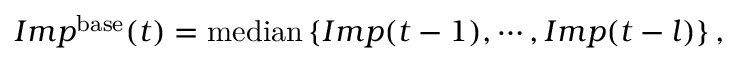
I m p ^ { \mathrm { b a s e } } ( t ) = { \mathrm { m e d i a n } } \left\{ I m p ( t - 1 ) , \cdots , I m p ( t - l ) \right\} ,